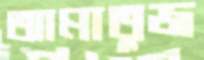
আমাতুজ